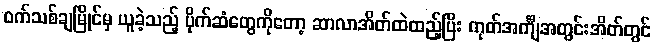
ဝက်သစ်ချမြိုင်မှ ယူခဲ့သည့် ပိုက်ဆံတွေကိုတော့ ဆာလာအိတ်ထဲထည့်ပြီး ကုတ်အင်္ကျီအတွင်းအိတ်တွင်